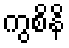
ကွစိနိ